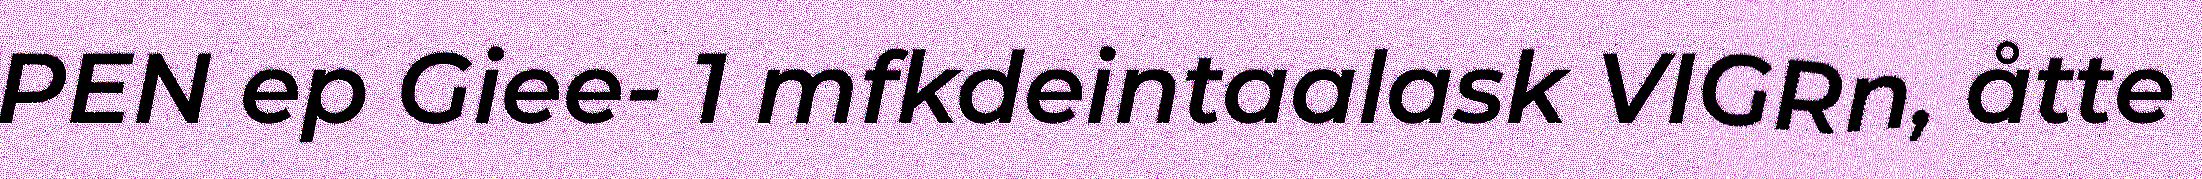
PEN ep Giee- 1 mfkdeintaalask VIGRn, åtte